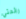
رائحتي